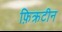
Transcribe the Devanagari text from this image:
फ़िक्रटीन